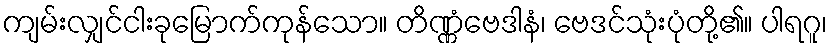
ကျမ်းလျှင်ငါးခုမြောက်ကုန်သော။ တိဏ္ဏံဗေဒါနံ၊ ဗေဒင်သုံးပုံတို့၏။ ပါရဂူ၊